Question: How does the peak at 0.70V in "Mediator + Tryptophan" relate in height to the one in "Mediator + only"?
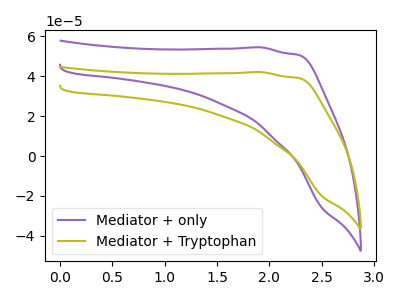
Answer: <think>The purple curve "Mediator + only" has no peaks. The olive curve "Mediator + Tryptophan" has no peaks.</think>
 <answer>"Mediator + Tryptophan" and "Mediator + only" dont share a peak at 0.70V.</answer>
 <eval>mismatch</eval>